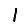
Digit: 1